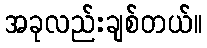
အခုလည်းချစ်တယ်။